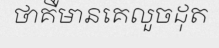
ថាគឺមានគេលួចដុត